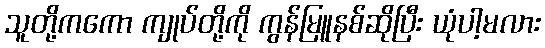
သူတို့ကကော ကျုပ်တို့ကို ကွန်မြူနစ်ဆိုပြီး ယုံပါ့မလား